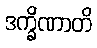
ဒက္ခိဏာတိ